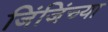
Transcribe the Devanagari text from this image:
जिंजिंच्या